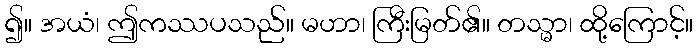
၍။ အယံ၊ ဤကဿပသည်။ မဟာ၊ ကြီးမြတ်၏။ တသ္မာ၊ ထို့ကြောင့်။